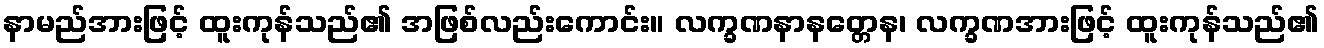
နာမည်အားဖြင့် ထူးကုန်သည်၏ အဖြစ်လည်းကောင်း။ လက္ခဏနာနတ္တေန၊ လက္ခဏအားဖြင့် ထူးကုန်သည်၏